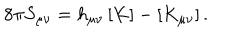
LaTeX: 8 \pi S _ { \mu \nu } = h _ { \mu \nu } \, [ K ] - [ K _ { \mu \nu } ] \, .